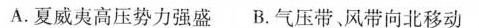
A.夏威夷高压势力强盛 B.气压带、风带向北移动